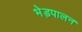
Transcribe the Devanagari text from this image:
भेड़पालन